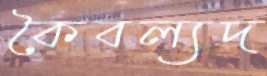
কৈবল্যদ